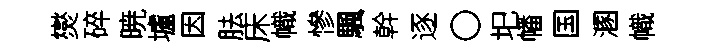
爕碎暁壚因胠床幟慘颿幹逐〇圯幡国溷幟